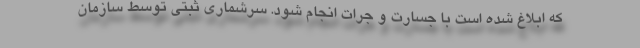
که ابلاغ شده است با جسارت و جرات انجام شود. سرشماری ثبتی توسط سازمان